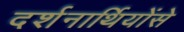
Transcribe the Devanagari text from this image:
दर्शनार्थियोंसे